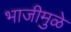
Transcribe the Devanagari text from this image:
भाजीमुळे